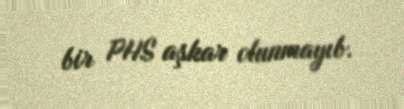
bir PHS aşkar olunmayıb.